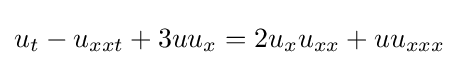
u_{t}-u_{xxt}+3uu_{x}=2u_{x}u_{xx}+uu_{xxx}